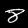
Digit: 8